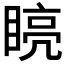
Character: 𭿏